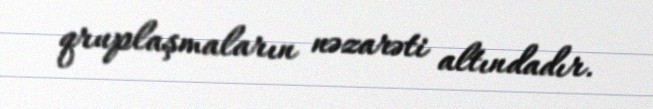
qruplaşmaların nəzarəti altındadır.